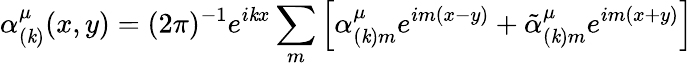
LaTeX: \alpha_{(\mathit{k})}^{\mu}(x,y)=(2\pi)^{-1}e^{i\mathit{k}x}\sum_{m}\left[\alpha_{(\mathit{k})m}^{\mu}e^{im(x-y)}+\tilde{{\alpha}}_{(\mathit{k})m}^{\mu}e^{im(x+y)}\right]